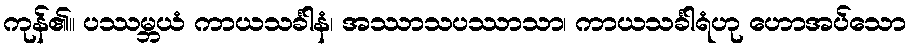
ကုန်၏။ ပဿမ္ဘယံ ကာယသင်္ခါနံ၊ အဿာသပဿာသာ၊ ကာယသင်္ခါရံဟု ဟောအပ်သော